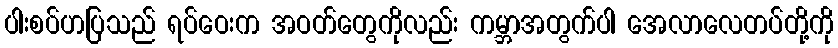
ပါးစပ်ဟပြသည် ရပ်ဝေးက အဝတ်တွေကိုလည်း ကမ္ဘာအတွက်ပါ အေလာလေတပ်တို့ကို